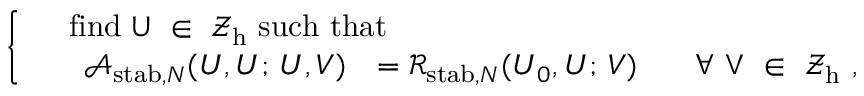
\left\{ \begin{array} { r l } & { \mathrm { f i n d ~ \boldsymbol { U } ~ \in ~ \boldsymbol { \mathcal { Z } } _ h ^ \tau ~ s u c h ~ t h a t } } \\ & { \begin{array} { r l r } { \mathcal { A } _ { \mathrm { s t a b } , N } ( \boldsymbol { U } , \boldsymbol { U } ; \, \boldsymbol { U } , \boldsymbol { V } ) } & { = { \mathcal { R } } _ { \mathrm { s t a b } , N } ( \boldsymbol { U } _ { 0 } , \boldsymbol { U } ; \, \boldsymbol { V } ) \, \, \, } & { \mathrm { ~ \forall ~ \boldsymbol { V } ~ \in ~ \boldsymbol { \mathcal { Z } } _ h ^ \tau ~ , } } \end{array} } \end{array} \right.